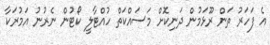
އެ ފަހަރު ތަން ރޫޅަމުން ދަނިކޮށް މަސައްކަތް ހުއްޓާލީ ކޯޓުން ނެރުނު އަމުރަކާ